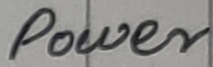
Text: power